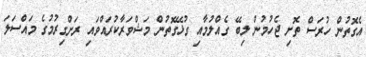
އެގޮތުން ހުރަސް ތޮށި ޖެހުމުން ލިބޭ ގެއްލުމާއި ގުޅޭގޮތުން މަޝްވަރާކުރައްވައި ރަށްގިރުމުގެ މައްސަލަ